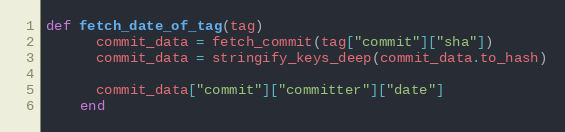
Language: Ruby
def fetch_date_of_tag(tag)
      commit_data = fetch_commit(tag["commit"]["sha"])
      commit_data = stringify_keys_deep(commit_data.to_hash)

      commit_data["commit"]["committer"]["date"]
    end